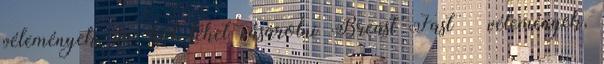
vélemények, ár, hol lehet vásárolni Breast Fast – vélemények,